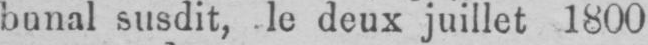
bunal susdit, le deux juillet 1800